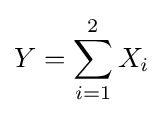
Y=\sum _{i=1}^{2}X_{i}